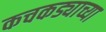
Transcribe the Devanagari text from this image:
कचकड्याच्या